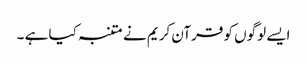
ایسے لوگوں کو قرآن کریم نے متنبہ کیا ہے ۔